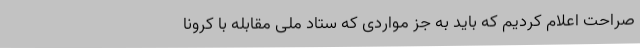
صراحت اعلام کردیم که باید به جز مواردی که ستاد ملی مقابله با کرونا